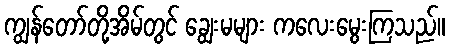
ကျွန်တော်တို့အိမ်တွင် ချွေးမများ ကလေးမွေးကြသည်။